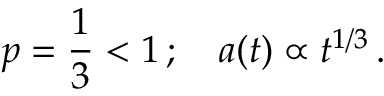
p = \frac { 1 } { 3 } < 1 \, ; ~ ~ ~ a ( t ) \propto t ^ { 1 / 3 } \, .